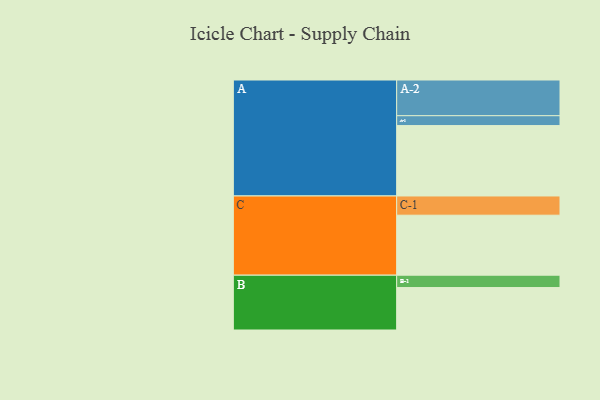
{"axis": {"x": "Segment", "y": "Value"}, "legend": ["", "A", "B", "C"], "data": [{"x": "A", "y": 542, "type": ""}, {"x": "B", "y": 327, "type": ""}, {"x": "C", "y": 462, "type": ""}, {"x": "A-1", "y": 76, "type": "A"}, {"x": "A-2", "y": 275, "type": "A"}, {"x": "B-1", "y": 95, "type": "B"}, {"x": "C-1", "y": 148, "type": "C"}]}